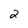
Character: 2